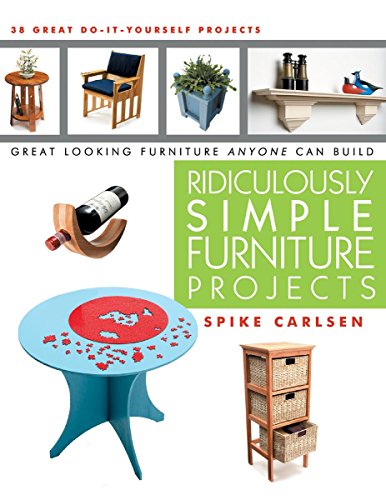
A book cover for Ridiculously Simple Furniture Projects: Great Looking Furniture Anyone Can Build; Spike Carlsen; Crafts, Hobbies & Home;